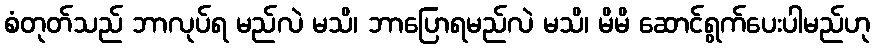
စံတုတ်သည် ဘာလုပ်ရ မည်လဲ မသိ၊ ဘာပြောရမည်လဲ မသိ၊ မိမိ ဆောင်ရွက်ပေးပါမည်ဟု